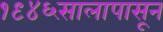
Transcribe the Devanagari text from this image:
१९४६सालापासून